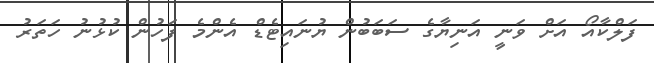
ފަލްކާއޯ އަށް ވަނީ އަނިޔާގެ ސަބަބުން ޔުނައިޓެޑް އެންމެ ފަހުން ކުޅުނު ހަތަރު